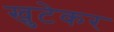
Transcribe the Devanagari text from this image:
खुटेकर